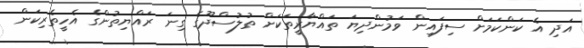
އަދި އެ ކަންކަމަށް ސިފައިން ވަމުންދިޔަ ތައްޔާރީތަކަށް ތުލުސްދޫގެ ގިނަ ރައްޔިތުންގެ އެހީތެރިކަން